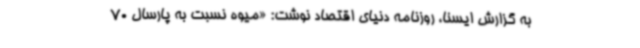
به گزارش ایسنا، روزنامه دنیای اقتصاد نوشت: «میوه نسبت به پارسال 70